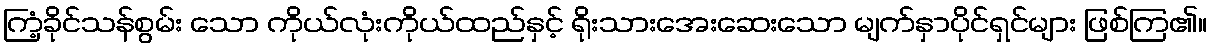
ကြံ့ခိုင်သန်စွမ်း သော ကိုယ်လုံးကိုယ်ထည်နှင့် ရိုးသားအေးဆေးသော မျက်နှာပိုင်ရှင်များ ဖြစ်ကြ၏။